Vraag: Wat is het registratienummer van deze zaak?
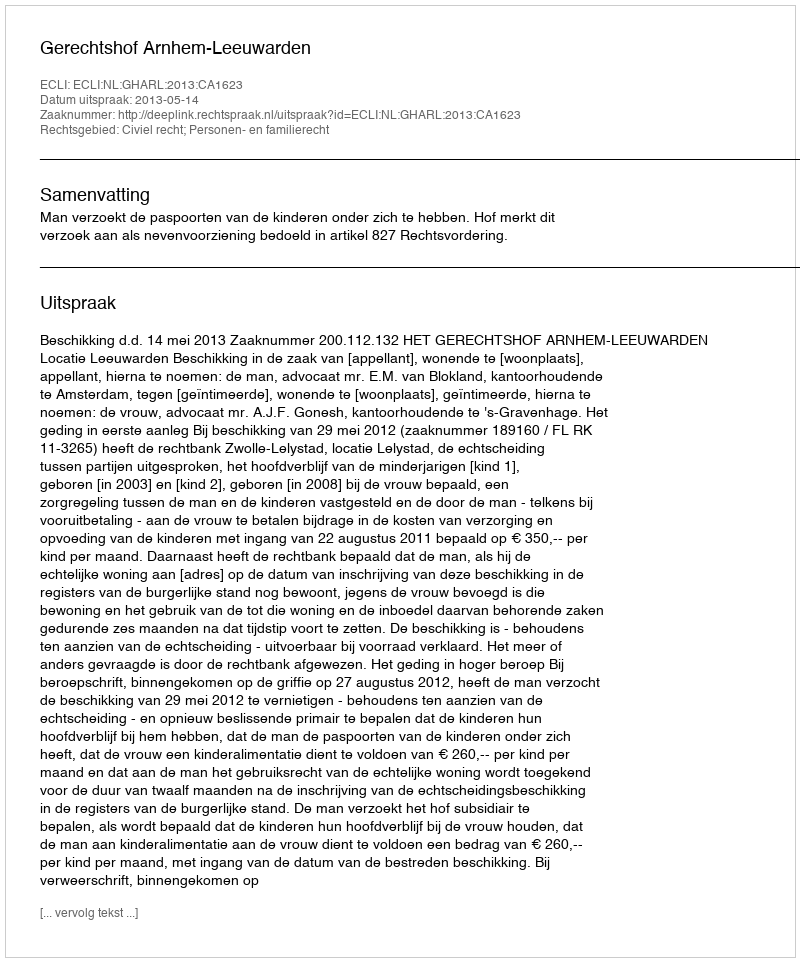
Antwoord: http://deeplink.rechtspraak.nl/uitspraak?id=ECLI:NL:GHARL:2013:CA1623